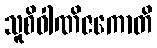
သူစိဝါဏိဇကောတိ